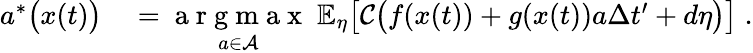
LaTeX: \begin{array}{rl}{a^{*}\bigl(x(t)\bigr)}&{{}=\underset{a\in\mathcal{A}}{\mathrm{~a~r~g~m~a~x~}}\; \mathbb{E}_{\eta}\bigl[\mathcal{C}\bigl(f(x(t))+g(x(t))a\Delta{t}^{\prime}+d\eta\bigr)\bigr]\; .}\end{array}